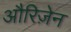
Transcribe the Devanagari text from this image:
औरिज़ेन